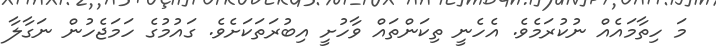
މަ ހިތާމައެއް ނުކުރަމެވެ. އެހެނީ ތިކަންތައް ވާހުށީ އިބުރަތަކަށެވެ. ގައުމުގެ ހަމަޖެހުން ނަގާލާ